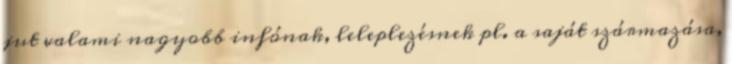
jut valami nagyobb infónak, leleplezésnek pl. a saját származása,